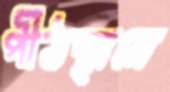
পীঠস্থানে